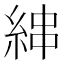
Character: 𦀵